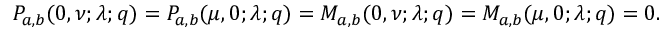
P _ { a , b } ( 0 , \nu ; \lambda ; q ) = P _ { a , b } ( \mu , 0 ; \lambda ; q ) = M _ { a , b } ( 0 , \nu ; \lambda ; q ) = M _ { a , b } ( \mu , 0 ; \lambda ; q ) = 0 .